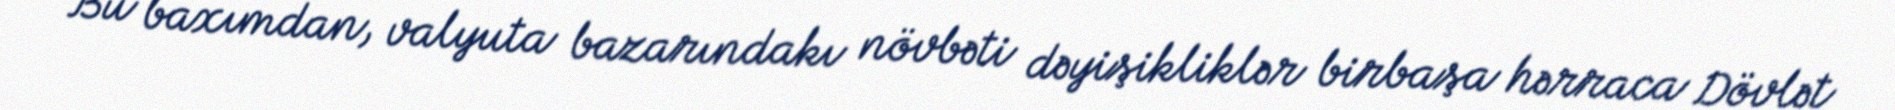
Bu baxımdan, valyuta bazarındakı növbəti dəyişikliklər birbaşa hərraca Dövlət